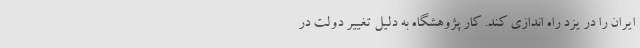
ایران را در یزد راه اندازی کند. کار پژوهشگاه به دلیل تغییر دولت در